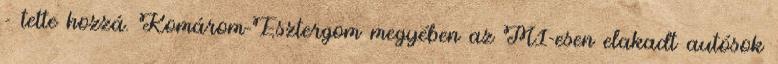
- tette hozzá. Komárom-Esztergom megyében az M1-esen elakadt autósok